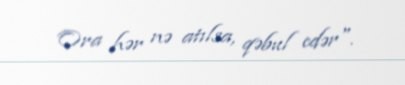
Ora hər nə atılsa, qəbul edər".